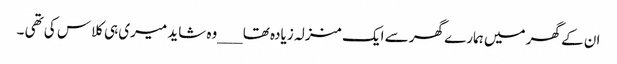
ان کے گھر میں ہمارے گھر سے ایک منزلہ زیادہ تھا___وہ شاید میری ہی کلاس کی تھی ۔